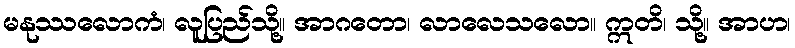
မနုဿလောကံ၊ လူပြည်သို့။ အာဂတော၊ လာလေသလော။ ဣတိ၊ သို့။ အာဟ၊